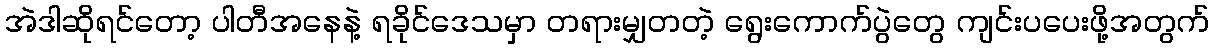
အဲဒါဆိုရင်တော့ ပါတီအနေနဲ့ ရခိုင်ဒေသမှာ တရားမျှတတဲ့ ရွေးကောက်ပွဲတွေ ကျင်းပပေးဖို့အတွက်